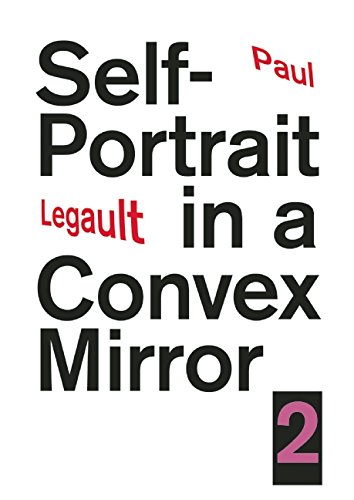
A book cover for Self-Portrait in a Convex Mirror 2; Paul Legault; Gay & Lesbian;